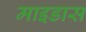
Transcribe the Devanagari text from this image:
माइडास